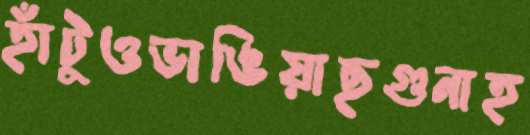
হাঁটুওভাঙিয়াছগুনাহ